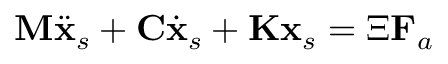
\mathbf { M } \ddot { \mathbf { x } } _ { s } + \mathbf { C } \dot { \mathbf { x } } _ { s } + \mathbf { K } \mathbf { x } _ { s } = \boldsymbol { \Xi } \mathbf { F } _ { a }